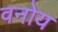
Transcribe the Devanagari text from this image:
वनोय